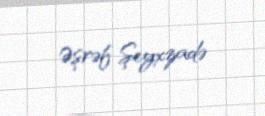
Əşrəf Şeyxzadə